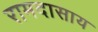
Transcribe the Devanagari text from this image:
रामदासाय